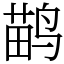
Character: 鹋